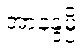
အာနန္ဒမ္ပိ